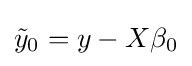
{\tilde {y}}_{0}=y-X\beta _{0}